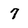
Character: 7